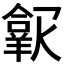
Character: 𱻑